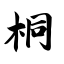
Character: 桐